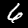
Digit: 6